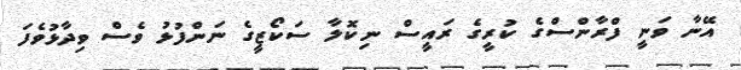
އޭނާ ވަނީ ފްރާންސްގެ ކުރީގެ ރައީސް ނިކޮލާ ސަކޯޒީގެ ނަންފުޅު ވެސް ވިދާޅުވެފަ